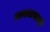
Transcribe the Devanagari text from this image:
लाकडाखाली